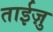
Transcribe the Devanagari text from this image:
ताईज़ु